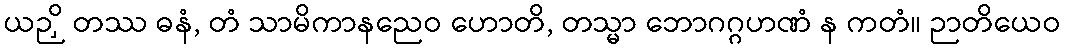
ယဉှိ တဿ ဓနံ, တံ သာမိကာနညေဝ ဟောတိ, တသ္မာ ဘောဂဂ္ဂဟဏံ န ကတံ။ ဉာတိယေဝ